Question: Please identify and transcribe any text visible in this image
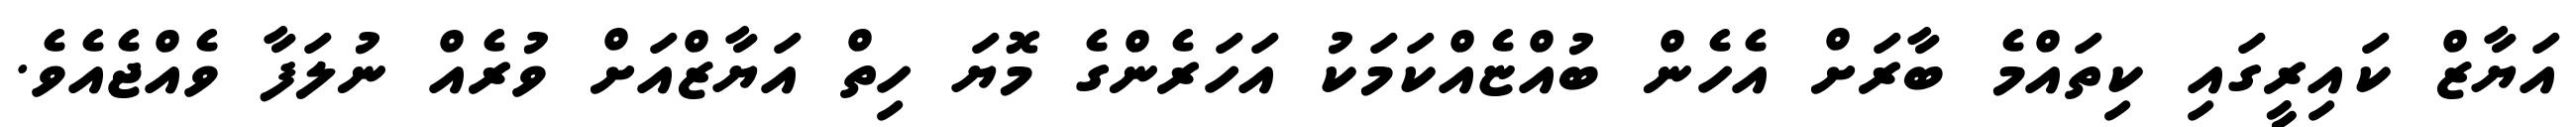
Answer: އަޔާޒް ކައިރީގައި ކިތައްމެ ބާރަށް އެހެން ބުއްޏެއްކަމަކު އަހަރެންގެ މޮޔަ ހިތް އަޔާޒްއަށް ވުރެއް ނުލަފާ ވެއްޖެއެވެ.